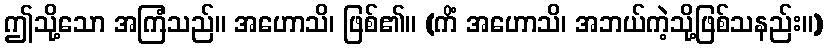
ဤသို့သော အကြံသည်။ အဟောသိ၊ ဖြစ်၏။ (ကိံ အဟောသိ၊ အဘယ်ကဲ့သို့ဖြစ်သနည်း။)